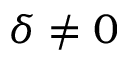
\delta \neq 0